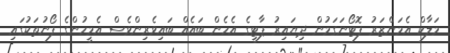
މަލާކް އެމަންޒަރު ފޮޓޯނަގަމުން ދިޔައިރު ޕާޓީގެ އެހެން ބައެއް ބައިވެރިންވެސް އެމީހުންގެ ފޯނުތަކުގައި